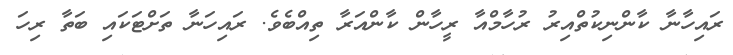
ރައިހާނާ ކާންނިކުތްއިރު ރުހާމްއާ ރީހާން ކާންއަރާ ތިއްބެވެ. ރައިހަނާ ތަށްޓަކައި ބަތާ ރިހަ